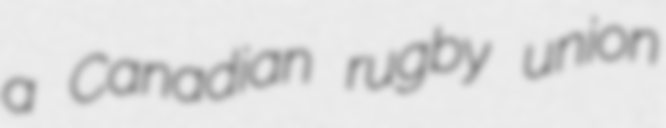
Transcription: a Canadian rugby union